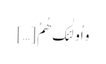
وَ اُولٰئِکَ ھُمُ […]